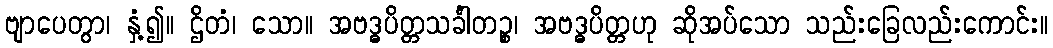
ဗျာပေတွာ၊ နှံ့၍။ ဌိတံ၊ သော။ အဗဒ္ဓပိတ္တသင်္ခါတဉ္စ၊ အဗဒ္ဓပိတ္တဟု ဆိုအပ်သော သည်းခြေလည်းကောင်း။